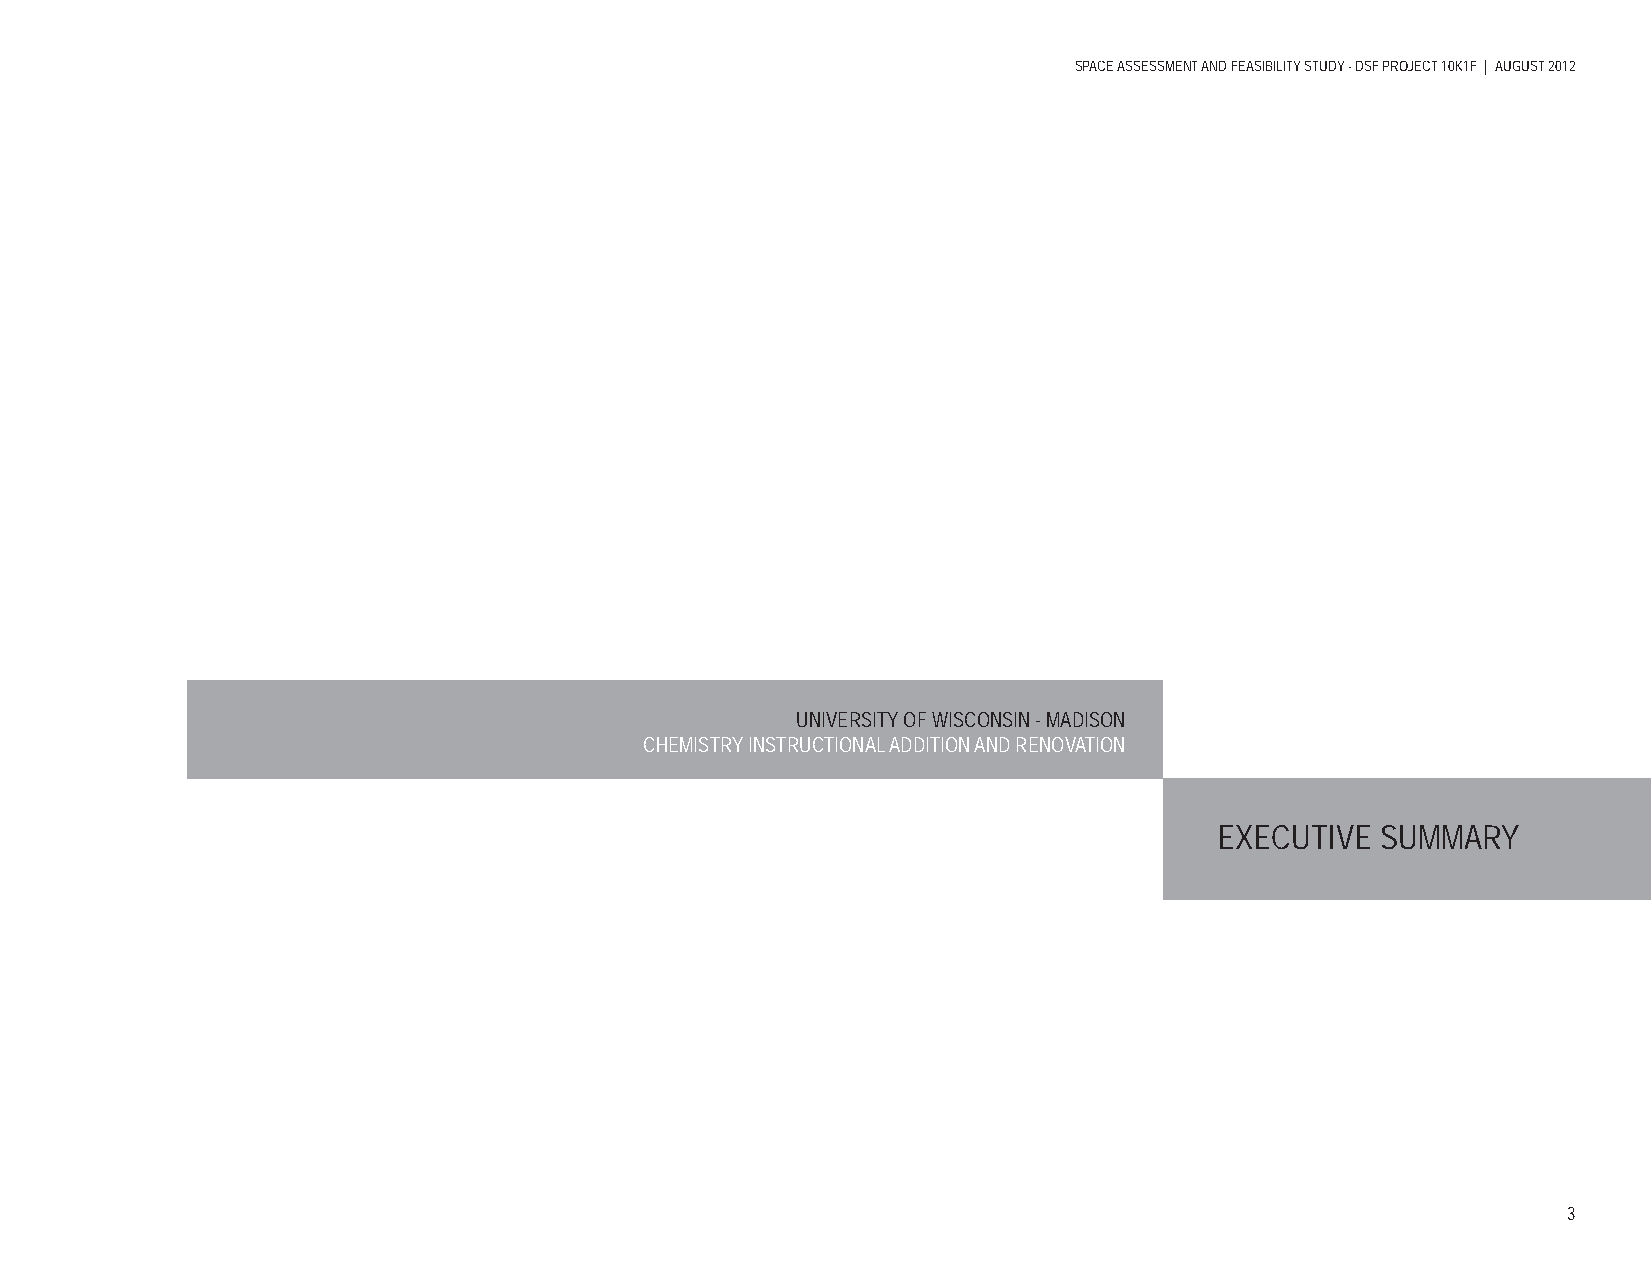
SPACE ASSESSMENT AND FEASIBILITY STUDY - DSF PROJECT 10K1F | AUGUST 2012
 UNIVERSITY OF WISCONSIN - MADISON
 CHEMISTRY INSTRUCTIONAL ADDITION AND RENOVATION
 EXECUTIVE SUMMARY
 3